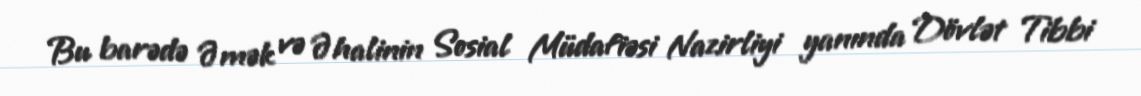
Bu barədə Əmək və Əhalinin Sosial Müdafiəsi Nazirliyi yanında Dövlət Tibbi